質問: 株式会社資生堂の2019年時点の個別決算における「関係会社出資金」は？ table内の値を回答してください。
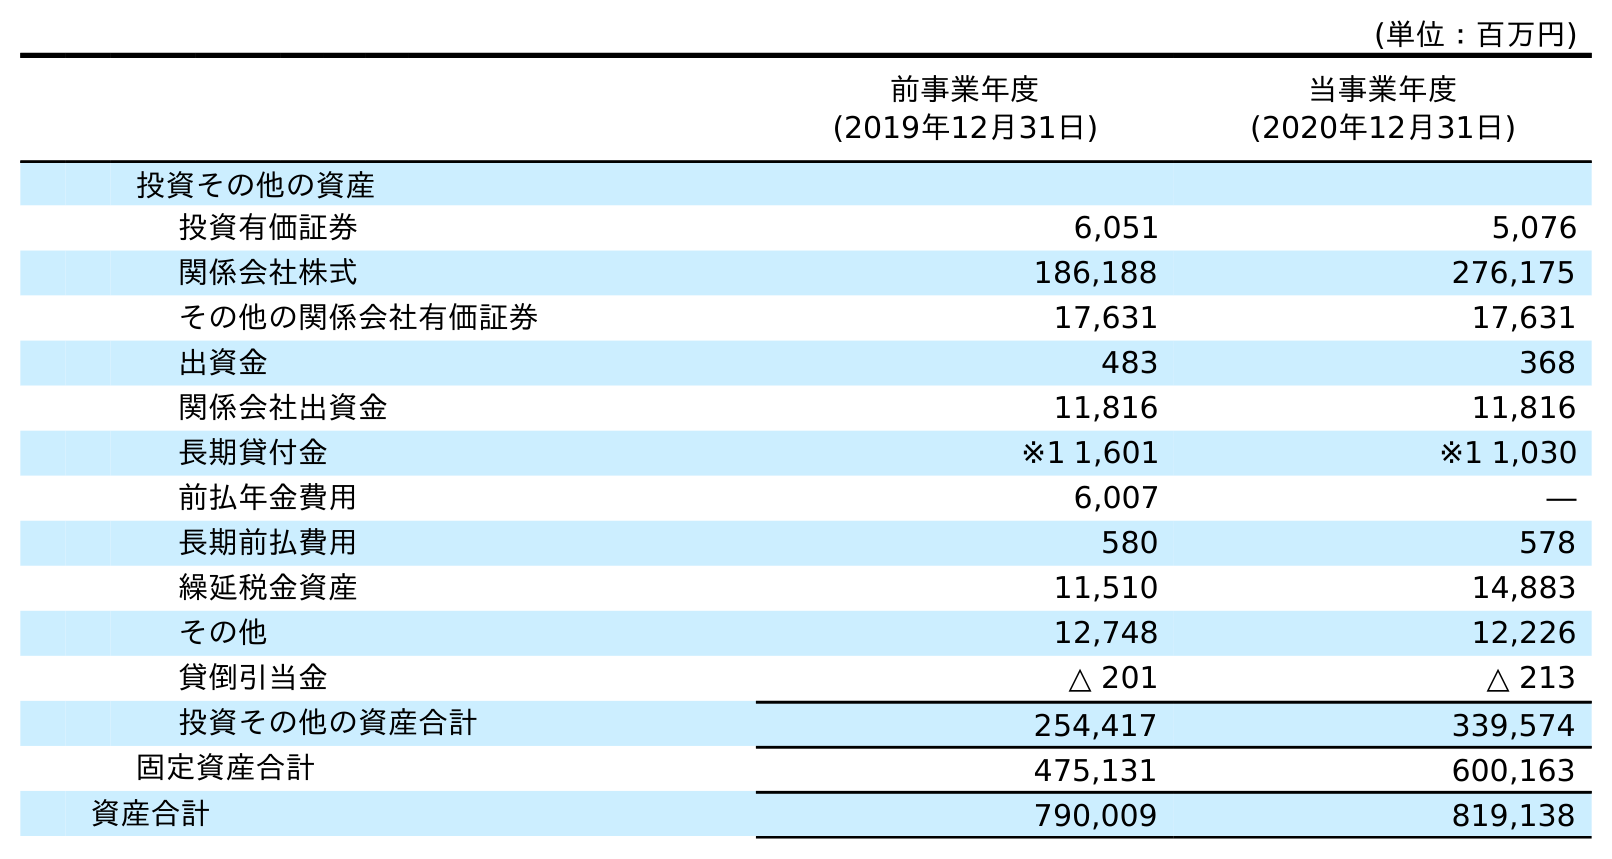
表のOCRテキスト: (単位：百万円) 前事業年度 (2019年12月31日) 当事業年度 (2020年12月31日) 投資その他の資産 投資有価証券 6,051 5,076 関係会社株式 186,188 276,175 その他の関係会社有価証券 17,631 17,631 出資金 483 368 関係会社出資金 11,816 11,816 長期貸付金 ※1 1,601 ※1 1,030 前払年金費用 6,007 ― 長期前払費用 580 578 繰延税金資産 11,510 14,883 その他 12,748 12,226 貸倒引当金 △ 201 △ 213 投資その他の資産合計 254,417 339,574 固定資産合計 475,131 600,163 資産合計 790,009 819,138
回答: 11,816